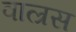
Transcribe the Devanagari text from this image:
वाल्रस